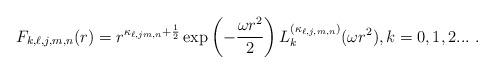
LaTeX: \begin{align*}F_{k,\ell,j,m,n}(r)=r^{\kappa _{\ell,jm,n}+\frac{1}{2}}\exp \left(-\frac{\omega r^{2}}{2}\right)L_{k}^{(\kappa _{\ell,j,m,n})}(\omega r^{2}),k=0,1,2... \ . \end{align*}